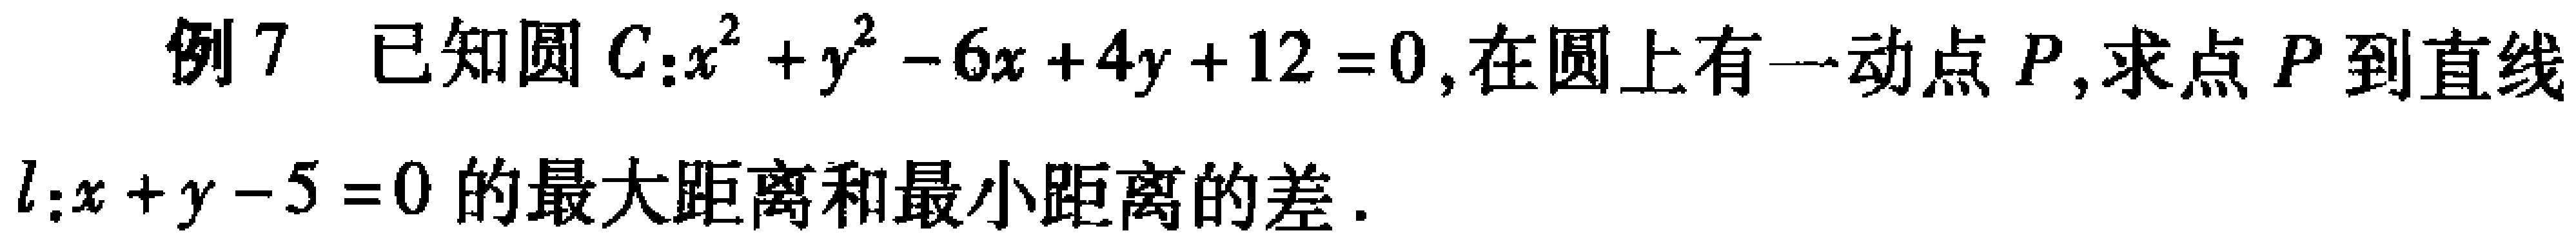
例7 已知圆\(C:x^{2}+y^{2}-6x + 4y + 12 = 0\)，在圆上有一动点\(P\)，求点\(P\)到直线\(l:x + y - 5 = 0\)的最大距离和最小距离的差.